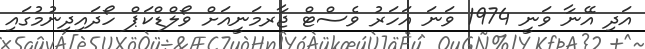
އަދި އޭނާ ވަނީ 1974 ވަނަ އަހަރު ވެސްޓް ޖާރމަނީއަށް ވޯލްޑްކަޕް ހޯދައިދިނުމުގައި